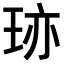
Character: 𤥂